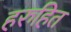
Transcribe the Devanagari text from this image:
हरुहित